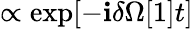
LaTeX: \propto\exp[-\mathbf{i}\delta\Omega[1]t]